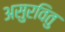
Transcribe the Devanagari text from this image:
असुरवितु